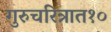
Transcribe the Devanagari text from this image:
गुरुचरित्रात१०